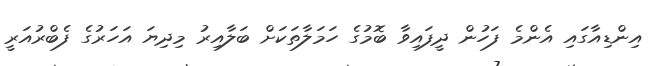
އިންޑިއާގައި އެންމެ ފަހުން ދީފައިވާ ބޮމުގެ ހަމަލާތަކަށް ބަލާއިރު މިދިޔަ އަހަރުގެ ފެބްރުއަރީ